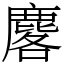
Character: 𪊲